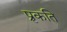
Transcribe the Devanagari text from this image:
प्रृकति